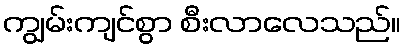
ကျွမ်းကျင်စွာ စီးလာလေသည်။